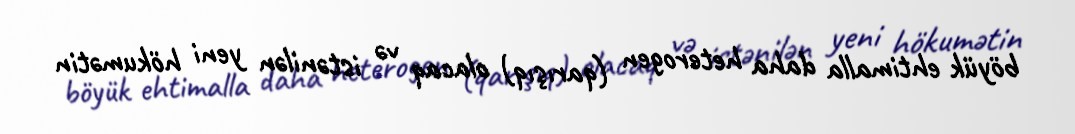
böyük ehtimalla daha heterogen (qarışıq) olacaq və istənilən yeni hökumətin